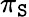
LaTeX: \pi_{\mathtt{S}}